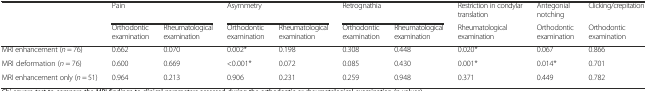
|  | <COLSPAN=2> Pain | <COLSPAN=2> Asymmetry | <COLSPAN=2> Retrognathia | Restriction in condylar translation | Antegonial notching | Clicking/crepitation |
 |  | Orthodontic examination | Rheumatological examination | Orthodontic examination | Rheumatological examination | Orthodontic examination | Rheumatological examination | Rheumatological examination | Orthodontic examination | Orthodontic examination |
 | --- | --- | --- | --- | --- | --- | --- | --- | --- | --- |
 | MRI enhancement (n = 76) | 0.662 | 0.070 | 0.002* | 0.198 | 0.308 | 0.448 | 0.020* | 0.067 | 0.866 |
 | MRI deformation (n = 76) | 0.600 | 0.669 | <0.001* | 0.072 | 0.085 | 0.430 | 0.001* | 0.014* | 0.701 |
 | MRI enhancement only (n = 51) | 0.964 | 0.213 | 0.906 | 0.231 | 0.259 | 0.948 | 0.371 | 0.449 | 0.782 |